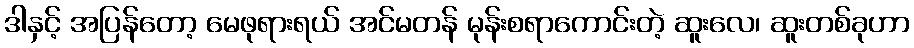
ဒါနှင့် အပြန်တော့ မေဖုရားရယ် အင်မတန် မုန်းစရာကောင်းတဲ့ ဆူးလေ၊ ဆူးတစ်ခုဟာ